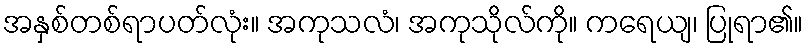
အနှစ်တစ်ရာပတ်လုံး။ အကုသလံ၊ အကုသိုလ်ကို။ ကရေယျ၊ ပြုရာ၏။